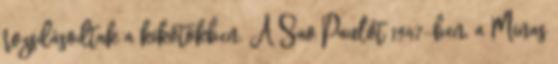
rozsdásodtak a kikötőkben. A Sao Paulót 1947-ben, a Minas